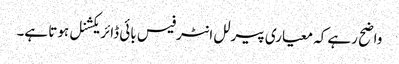
واضح رہے کہ معیاری پیرلل انٹرفیس بائی ڈائریکشنل ہوتا ہے۔